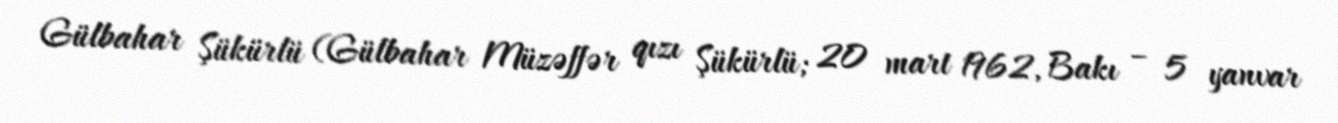
Gülbahar Şükürlü (Gülbahar Müzəffər qızı Şükürlü; 20 mart 1962, Bakı – 5 yanvar